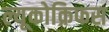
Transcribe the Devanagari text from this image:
ल्यूकोक्रिफस